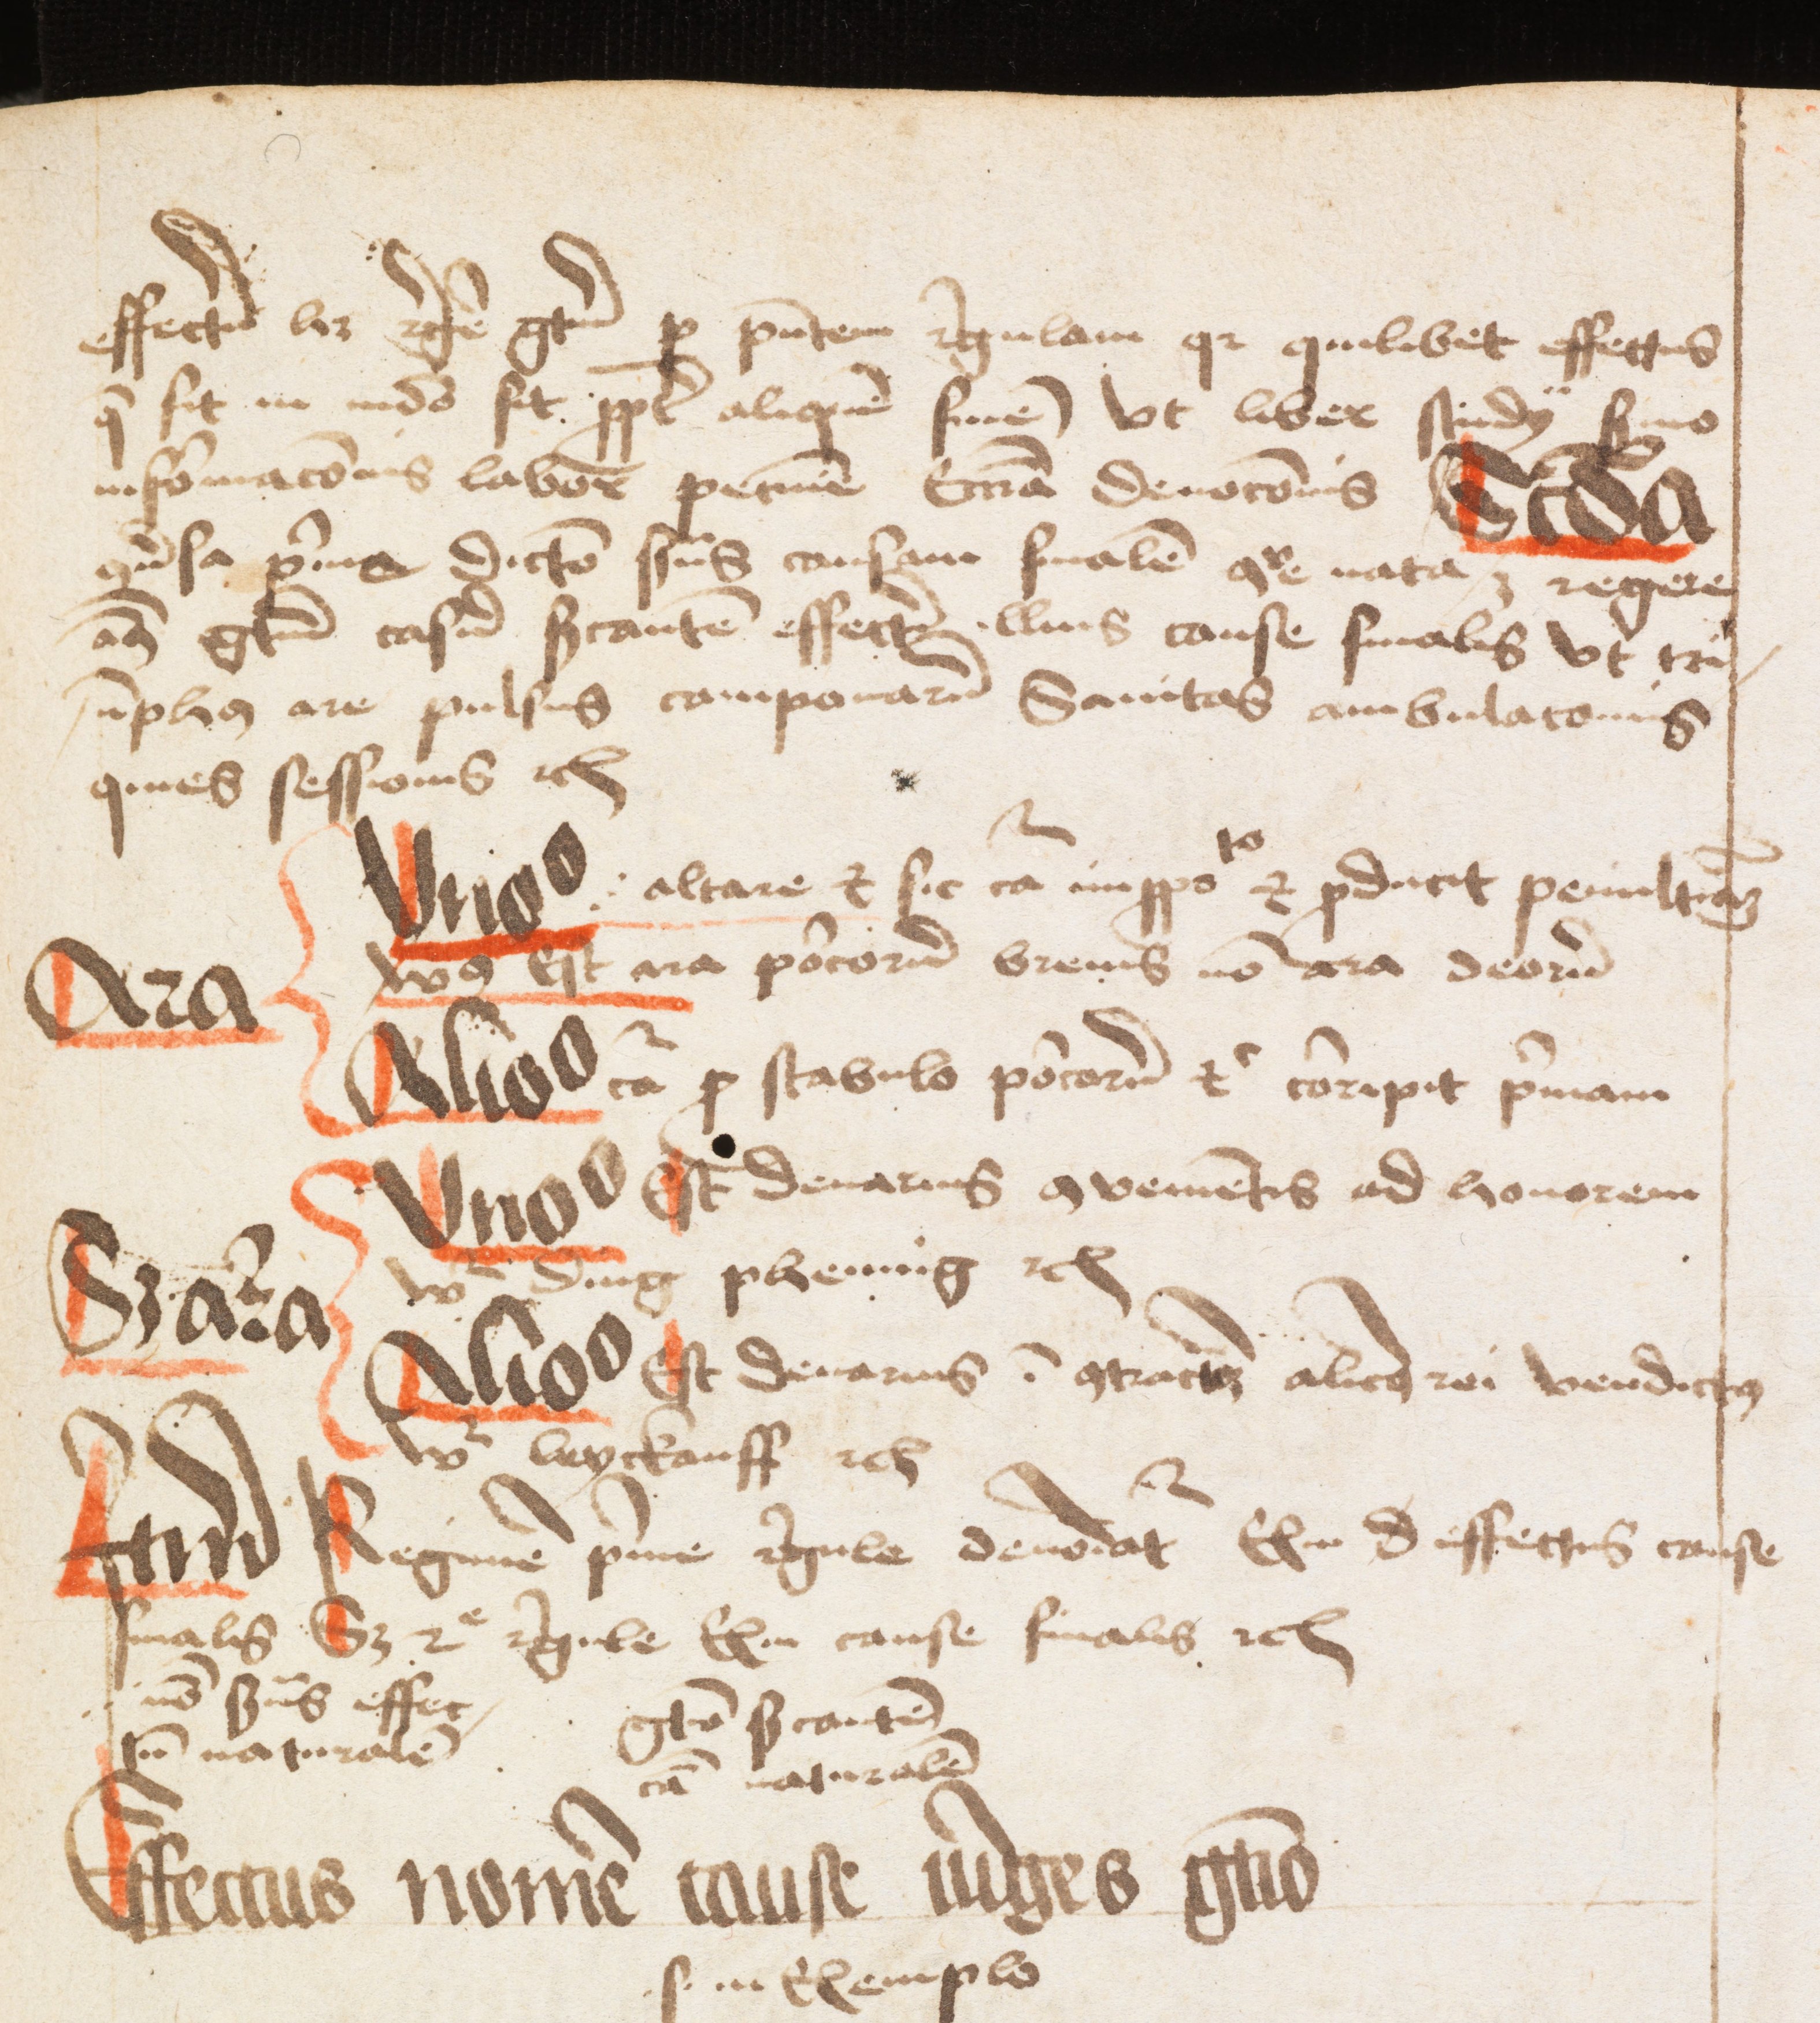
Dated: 1475–1499